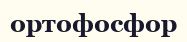
ортофосфор